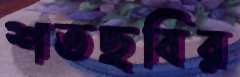
শতছবির